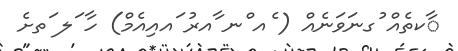
ާކތެއް ުގނަވަނެއް ( ެއ ްނ ާއރު ައއިއެމް) ހާ ަލ ަތށެ